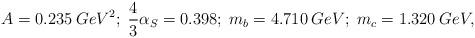
LaTeX: \begin{align*}A = 0.235 \: GeV^{2}; \; \frac{4}{3} \alpha_{S} = 0.398; \; m_{b} = 4.710 \: GeV; \; m_{c} = 1.320 \: GeV,\end{align*}